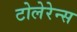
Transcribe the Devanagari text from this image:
टोलेरेन्स